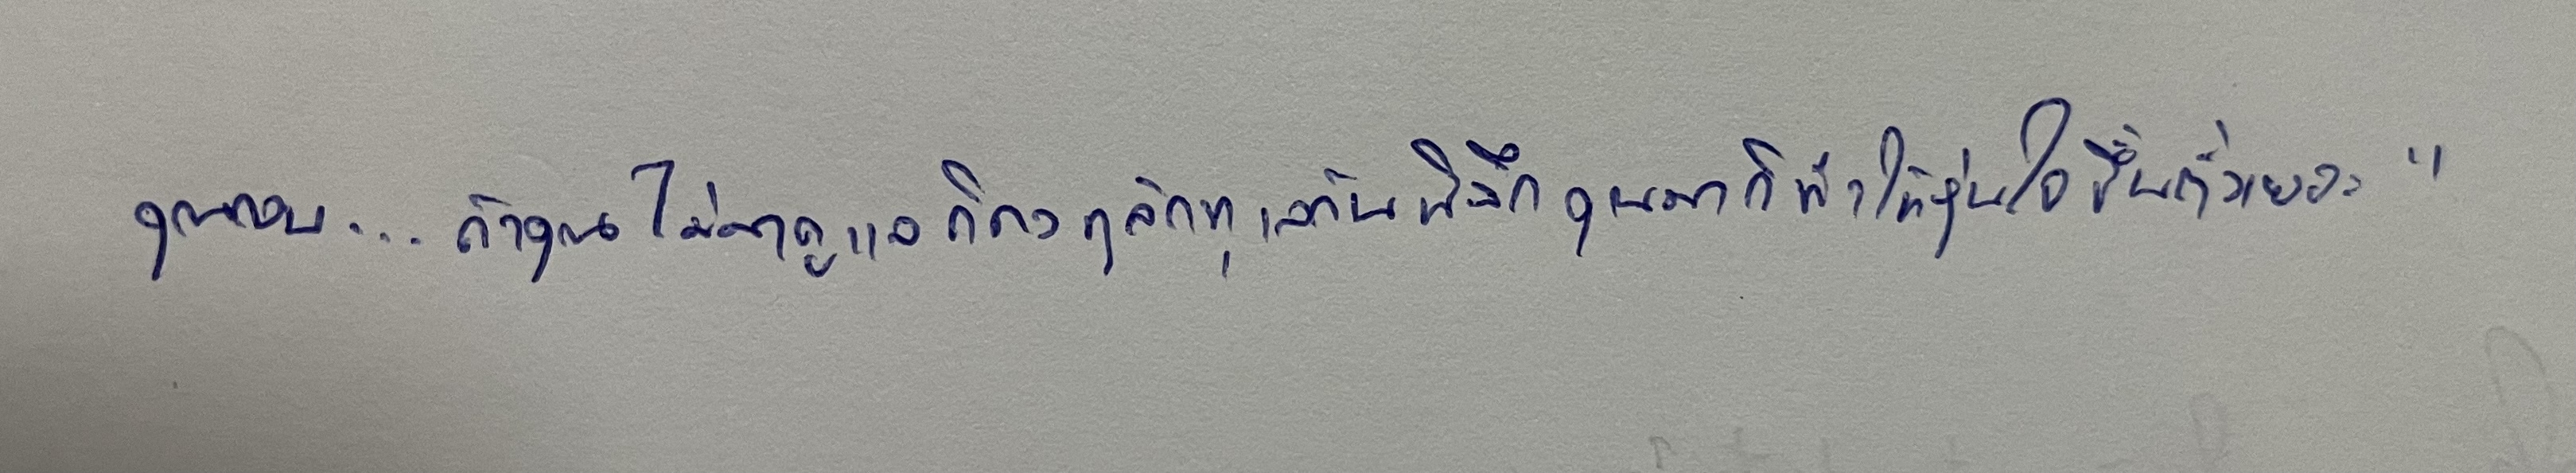
คุณกอบ...ถ้าคุณไม่มาดูแลก็คงทุลักทุเลกันพิลึกคุณมาก็ทำให้อุ่นใจขึ้นตั้งเยอะ"